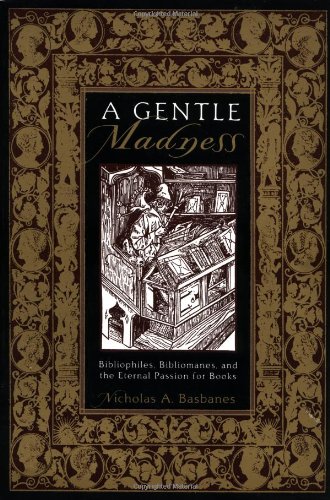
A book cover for A Gentle Madness: Bibliophiles, Bibliomanes, and the Eternal Passion for Books; Nicholas A. Basbanes; Crafts, Hobbies & Home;